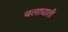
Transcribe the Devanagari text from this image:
बलाघाती